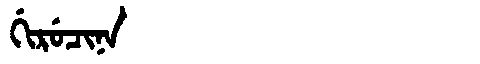
Manchu: ᡤᡳᡵᡠᠴᡳᠨᠠ
Romanization: GIRUCINA